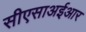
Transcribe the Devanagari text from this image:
सीएसाअईआर